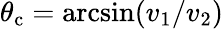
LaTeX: \theta_{\mathrm{c}}=\arcsin(v_{1}/v_{2})